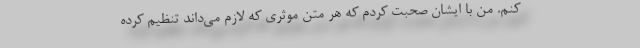
کنم. من با ایشان صحبت کردم که هر متن موثری که لازم می‌داند تنظیم کرده